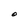
Character: O